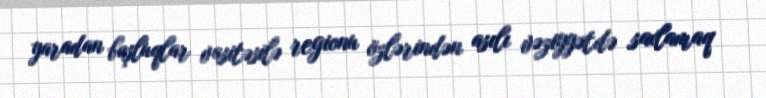
yaradan boşluqlar vasitəsilə regionu özlərindən asılı vəziyyətdə saxlamaq